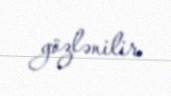
gözlənilir.